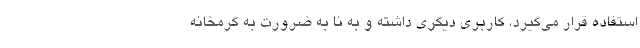
استفاده قرار می‌گیرد، کاربری دیگری داشته و به نا به ضرورت به گرمخانه